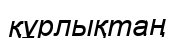
құрлықтаң